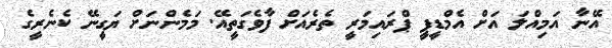
އޭނާ އަމިއްލަ އަށް އެމްޑީޕީ ޕްރައިމަރީ ތެރެއަށް ފާވެގަތީއޭ. މަމެންނަށް ޔަގީނޭ ކެނެރީގެ